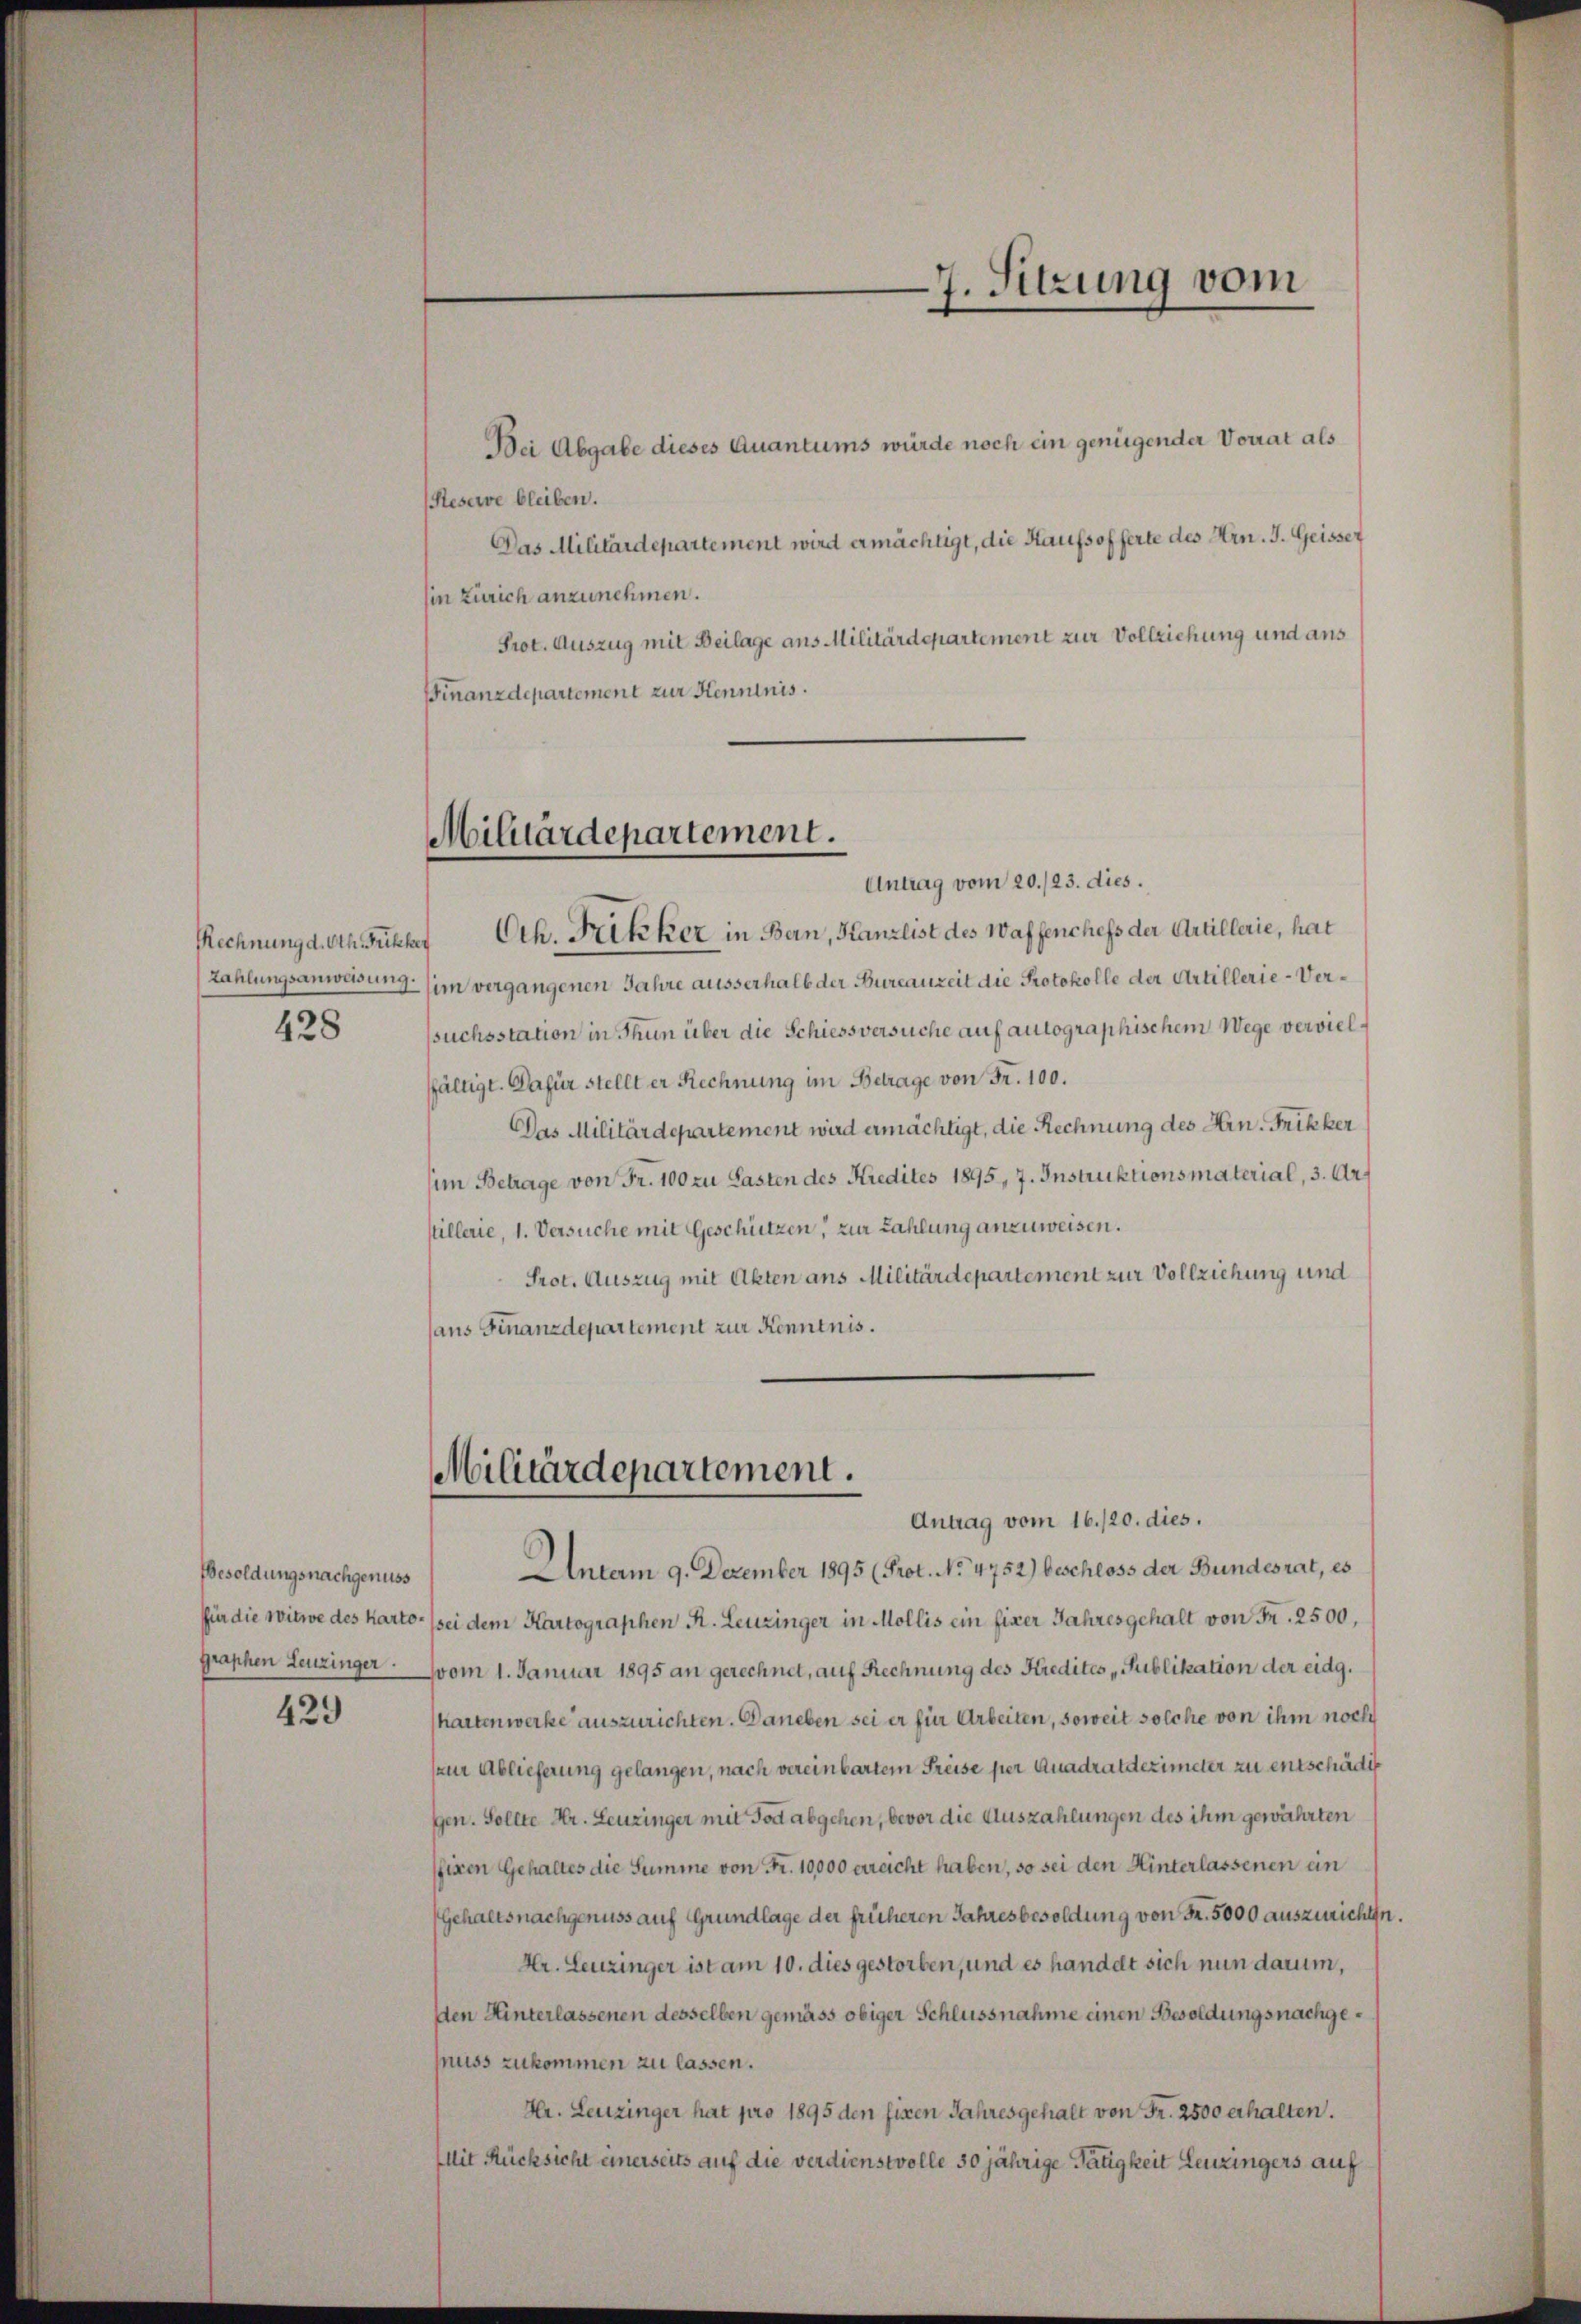
—
7. Sitzung vom
n

Bei Abgabe dieses Quantums würde noch ein genügender Vorrat als
Resere bleiben.
Das Militärdepartement wird ermächtigt, die Kaufsofferte des Hrn. J. Geisser
in Zürich anzunehmen.
Prot. Auszug mit Beilage aus Militärdepartement zur Vollziehung und aus
FFinanzdepartement zur Kenntnis.

Militärdepartement.
Uh. Frikker in Bern, Kanzlist des Waffenchefs der Artillerie, hat

Antrag vom 20./23. dies.
sim vergangenen Jahre ausserhalb der Bureauzeit die Protokolle der Artillerie-Verssuchsstation in Thun über die Schiessversuche auf autographischem Wege vervielfältigt. Dafür stellt er Rechnung im Betrage von Fr. 100.
Das Militärdepartement wird ermächtigt, die Rechnung des Hrn. Frikker
(im Betrage von Fr. 100 zu Lasten des Kredites 1895, 7. Instruktionsmaterial, 3. Arg
stillerie, 1. Versuche mit Geschützen, zur Zahlung anzuweisen.
Prot. Auszug mit Akten aus Militärdepartement zur Vollziehung und
aus Finanzdepartement zur Kenntnis.

Rechnung d. Oth. Frikher
Zahlungsanweisung
428

Militärdepartement.

Antrag vom 16./20. dies.
Antam 9. Dezember 1895 (Prot. No 4752) beschloss der Bundesrat, es
sei dem Kartographen K. Leuzinger in Mollis ein fixer Jahresgehalt von Fr. 2500,
vom 1. Januar 1895 an gerechnet, auf Rechnung des Kredites Publikation der eidg.
hartenwerke auszurichten. Daneben sei er für Arbeiten, soweit solche von ihm noch
zur Ablieferung gelangen, nach vereinbartem Preise per Quadratdezimeter zu entschädig
gen. Sollte Hr. Leuzinger mit Todt abgehen, bevor die Auszahlungen des ihm gewährten
fixen Gehaltes die Summe von Fr. 10,000 errecht haben, so sei den Hinterlassenen ein
Gehaltsnachgenuss auf Grundlage der früheren Jahresbesoldung von Fr. 5000 auszurichten.
Kr. Leuzinger ist am 10. dies gestorben, und es handelt sich nun darum,
den Hinterlassenen desselben gemäss obiger Schlussnahme einen Besoldungsnachgefuss zukommen zu lassen.
Hr. Leuzinger hat pro 1895 den fixen Jahresgehalt von Fr. 2500 erhalten.
Mit Rücksicht einerseits auf die verdienstvolle 50 jährige Tätigkeit Leuzingers auf

Besoldungsnachgenuss
für die Witwe des Kartographen Leuzinger.

429